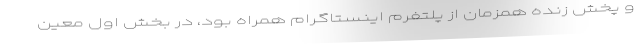
و پخش زنده همزمان از پلتفرم اینستاگرام همراه بود، در بخش اول معین